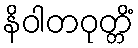
နိဝါတဝုတ္တိံ